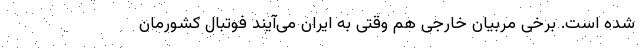
شده است. برخی مربیان خارجی هم وقتی به ایران می‌آیند فوتبال کشورمان